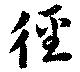
徑